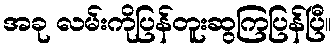
အခု လမ်းကိုပြန်တူးဆွကြပြန်ပြီ။